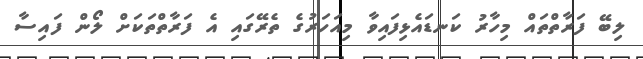
ލިބޭ ފަރާތްތައް މިހާރު ކަނޑައެޅިފައިވާ މިއަހަރުގެ ތެރޭގައި އެ ފަރާތްތަކަށް ލޯން ފައިސާ